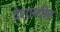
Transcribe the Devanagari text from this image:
देशांम्धील